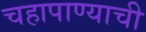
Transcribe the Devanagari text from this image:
चहापाण्याची